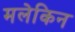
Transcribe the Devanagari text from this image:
मलेकिन